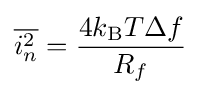
{\overline {i_{n}^{2}}}={\frac {4k_{\text{B}}T\Delta f}{R_{f}}}